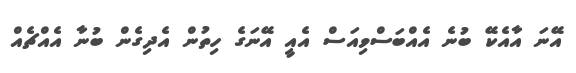
އޭނަ އާއެކޭ ބުނެ އެއްބަސްވިއަސް އެއީ އޭނަގެ ހިތުން އެދިގެން ބުނާ އެއްޗެއް